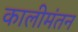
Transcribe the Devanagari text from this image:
कालीमंतन